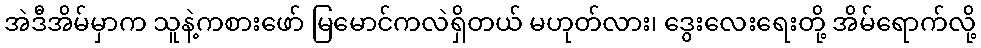
အဲဒီအိမ်မှာက သူနဲ့ကစားဖော် မြမောင်ကလဲရှိတယ် မဟုတ်လား၊ ဒွေးလေးရေးတို့ အိမ်ရောက်လို့